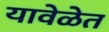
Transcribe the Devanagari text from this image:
यावेळेत